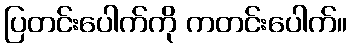
ပြတင်းပေါက်ကို ကတင်းပေါက်။